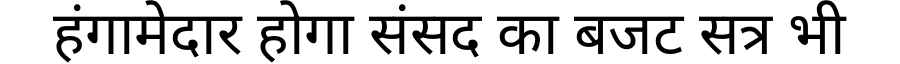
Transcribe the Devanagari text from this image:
हंगामेदार होगा संसद का बजट सत्र भी